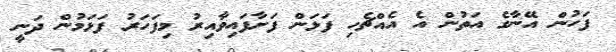
ފަހުން އޭނާގެ އަތުން އެ އެއްޗެހި ފަޅަން ފަށާފައިވާއިރު މިފަހަރު ފަޅަމުން ދަނީ